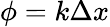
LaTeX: \phi=k\Delta x